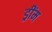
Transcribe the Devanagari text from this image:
ड्रींम